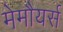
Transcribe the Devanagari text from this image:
मेमौयर्स